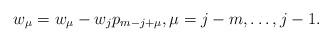
LaTeX: \begin{align*} w_\mu=w_\mu-w_jp_{m-j+\mu},\mu=j-m, \ldots, j-1.\end{align*}